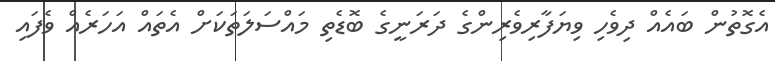
އެގޮތުން ބައެއް ދިވެހި ވިޔަފާރިވެރިންގެ ދަރަނީގެ ބޮޑެތި މައްސަލަތަކަށް އެތައް އަހަރެއް ވެފައި